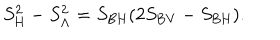
LaTeX: S _ { \mathrm { H } } ^ { 2 } - S _ { \mathrm { \Lambda } } ^ { 2 } = S _ { \mathrm { B H } } ( 2 S _ { \mathrm { B V } } - S _ { \mathrm { B H } } ) .